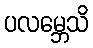
ပလမ္ဘေသိ